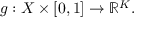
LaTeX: g : X \times \left[ 0 , 1 \right] \rightarrow \mathbb { R } ^ { K } .